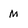
Character: M